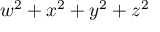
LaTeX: w ^ { 2 } + x ^ { 2 } + y ^ { 2 } + z ^ { 2 }